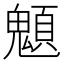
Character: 䫥